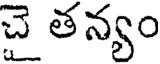
చై తన్యం